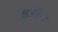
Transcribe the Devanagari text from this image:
विजेसिमल